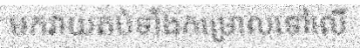
មកវាយតប់ទាំងកម្រោលទៅលើ